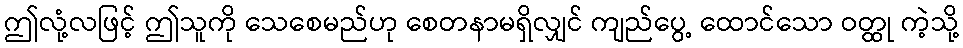
ဤလုံ့လဖြင့် ဤသူကို သေစေမည်ဟု စေတနာမရှိလျှင် ကျည်ပွေ့ ထောင်သော ဝတ္ထု ကဲ့သို့